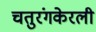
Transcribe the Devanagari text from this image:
चतुरंगकेरली